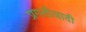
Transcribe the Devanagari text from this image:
प्रगतीवादी